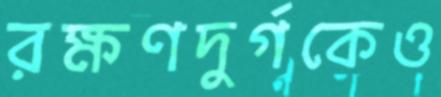
রক্ষণদুর্গকেও